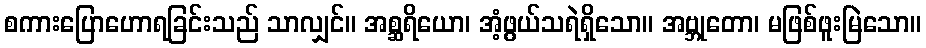
စကားပြောဟောရခြင်းသည် သာလျှင်။ အစ္ဆရိယော၊ အံ့ဖွယ်သရဲရှိသော။ အဗ္ဘုတော၊ မဖြစ်ဖူးမြဲသော။